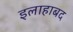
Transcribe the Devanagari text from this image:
इलाहाबद